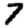
Digit: 7